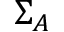
\Sigma _ { A }